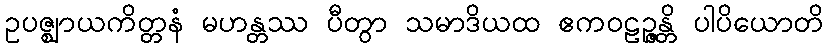
ဥပဇ္ဈာယကိတ္တနံ မဟန္တဿ ပီတွာ သမာဒိယထ ဧကဝဠဉ္ဇန္တိ ပါပိယောတိ